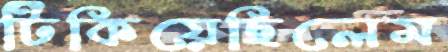
টিকিয়েছিলেম